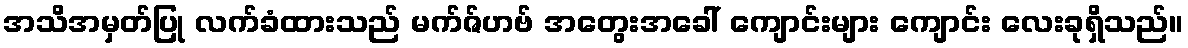
အသိအမှတ်ပြု လက်ခံထားသည် မက်ဇ်ဟဗ် အတွေးအခေါ် ကျောင်းများ ကျောင်း လေးခုရှိသည်။